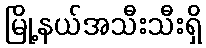
မြို့နယ်အသီးသီးရှိ